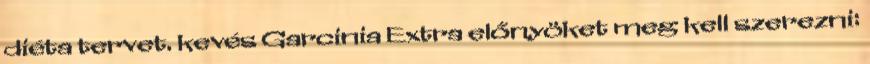
diéta tervet. kevés Garcinia Extra előnyöket meg kell szerezni: